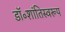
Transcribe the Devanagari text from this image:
डॉ॰शांतिस्वरूप